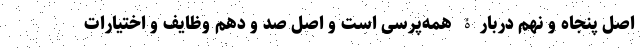
اصل پنجاه و نهم دربارۀ همه‌پرسی است و اصل صد و دهم وظایف و اختیارات